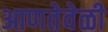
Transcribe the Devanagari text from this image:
आणतेवेळी